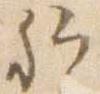
卿